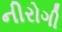
નીરોગી